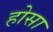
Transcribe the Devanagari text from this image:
होसा